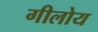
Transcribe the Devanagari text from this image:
गीलोय